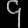
Digit: ၄